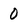
Character: 0